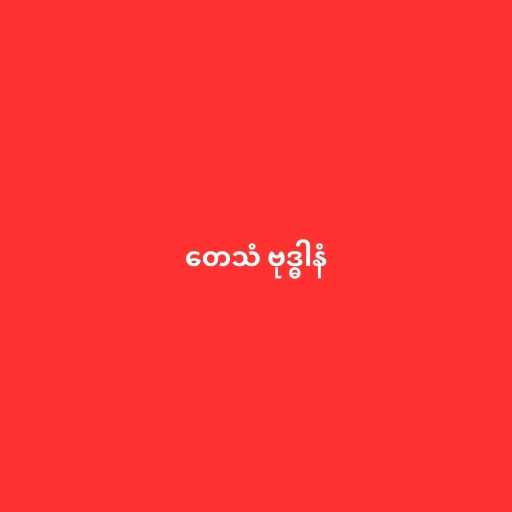
တေသံ ဗုဒ္ဓါနံ